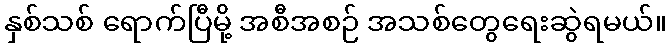
နှစ်သစ် ရောက်ပြီမို့ အစီအစဉ် အသစ်တွေရေးဆွဲရမယ်။